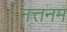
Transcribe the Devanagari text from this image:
नत्तनम